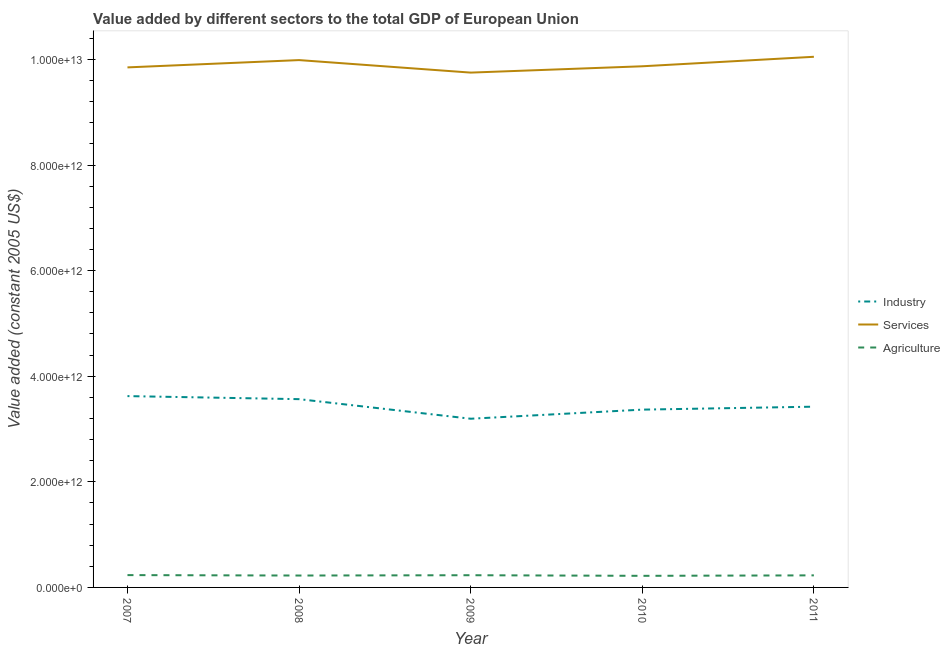
| Year | Industry | Services | Agriculture |
 | --- | --- | --- | --- |
 | 2007 | 3.62e+12 | 9.85e+12 | 2.33e+11 |
 | 2008 | 3.57e+12 | 9.99e+12 | 2.25e+11 |
 | 2009 | 3.19e+12 | 9.75e+12 | 2.31e+11 |
 | 2010 | 3.37e+12 | 9.87e+12 | 2.2e+11 |
 | 2011 | 3.42e+12 | 1.01e+13 | 2.29e+11 |